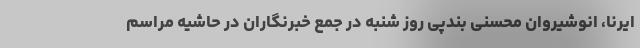
ایرنا، انوشیروان محسنی بندپی روز شنبه در جمع خبرنگاران در حاشیه مراسم